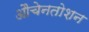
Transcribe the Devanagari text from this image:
औचेनतोशन